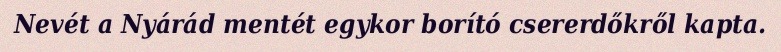
Nevét a Nyárád mentét egykor borító csererdőkről kapta.